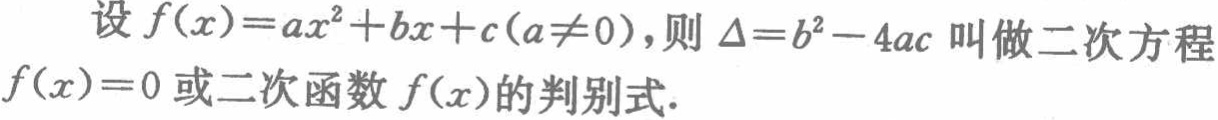
设 \(f(x)=ax^{2}+bx + c(a\neq0)\)，则 \(\Delta = b^{2}-4ac\) 叫做二次方程 \(f(x)=0\) 或二次函数 \(f(x)\) 的判别式.